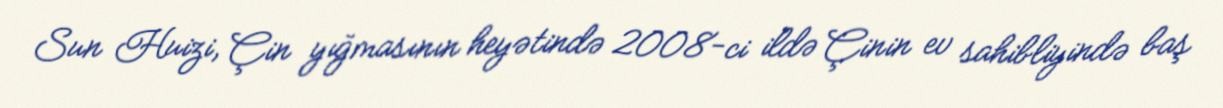
Sun Huizi, Çin yığmasının heyətində 2008-ci ildə Çinin ev sahibliyində baş